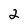
Character: 2